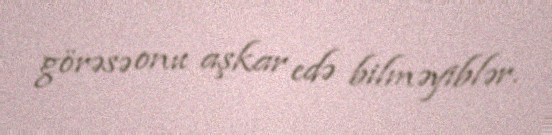
görəsə onu aşkar edə bilməyiblər.